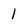
Character: 1